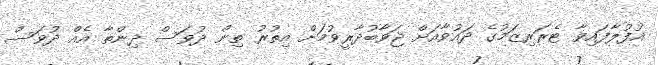
އުފުލާފައިވާ ޓެރަރިޒަމުގެ ދައުވާއަށް ޖަވާބުދާރީވުމަށް އިތުރު ތިން ދުވަސް ދިންތާ އެއް ދުވަސް